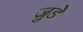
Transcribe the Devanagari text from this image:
जु़डे